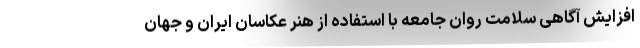
افزایش آگاهی سلامت روان جامعه با استفاده از هنر عکاسان ایران و جهان